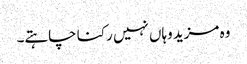
وہ مزید وہاں نہیں رکنا چاہتے۔